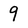
Character: 9